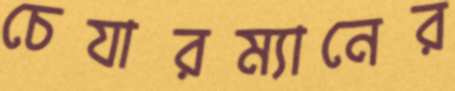
চেযারম্যানের